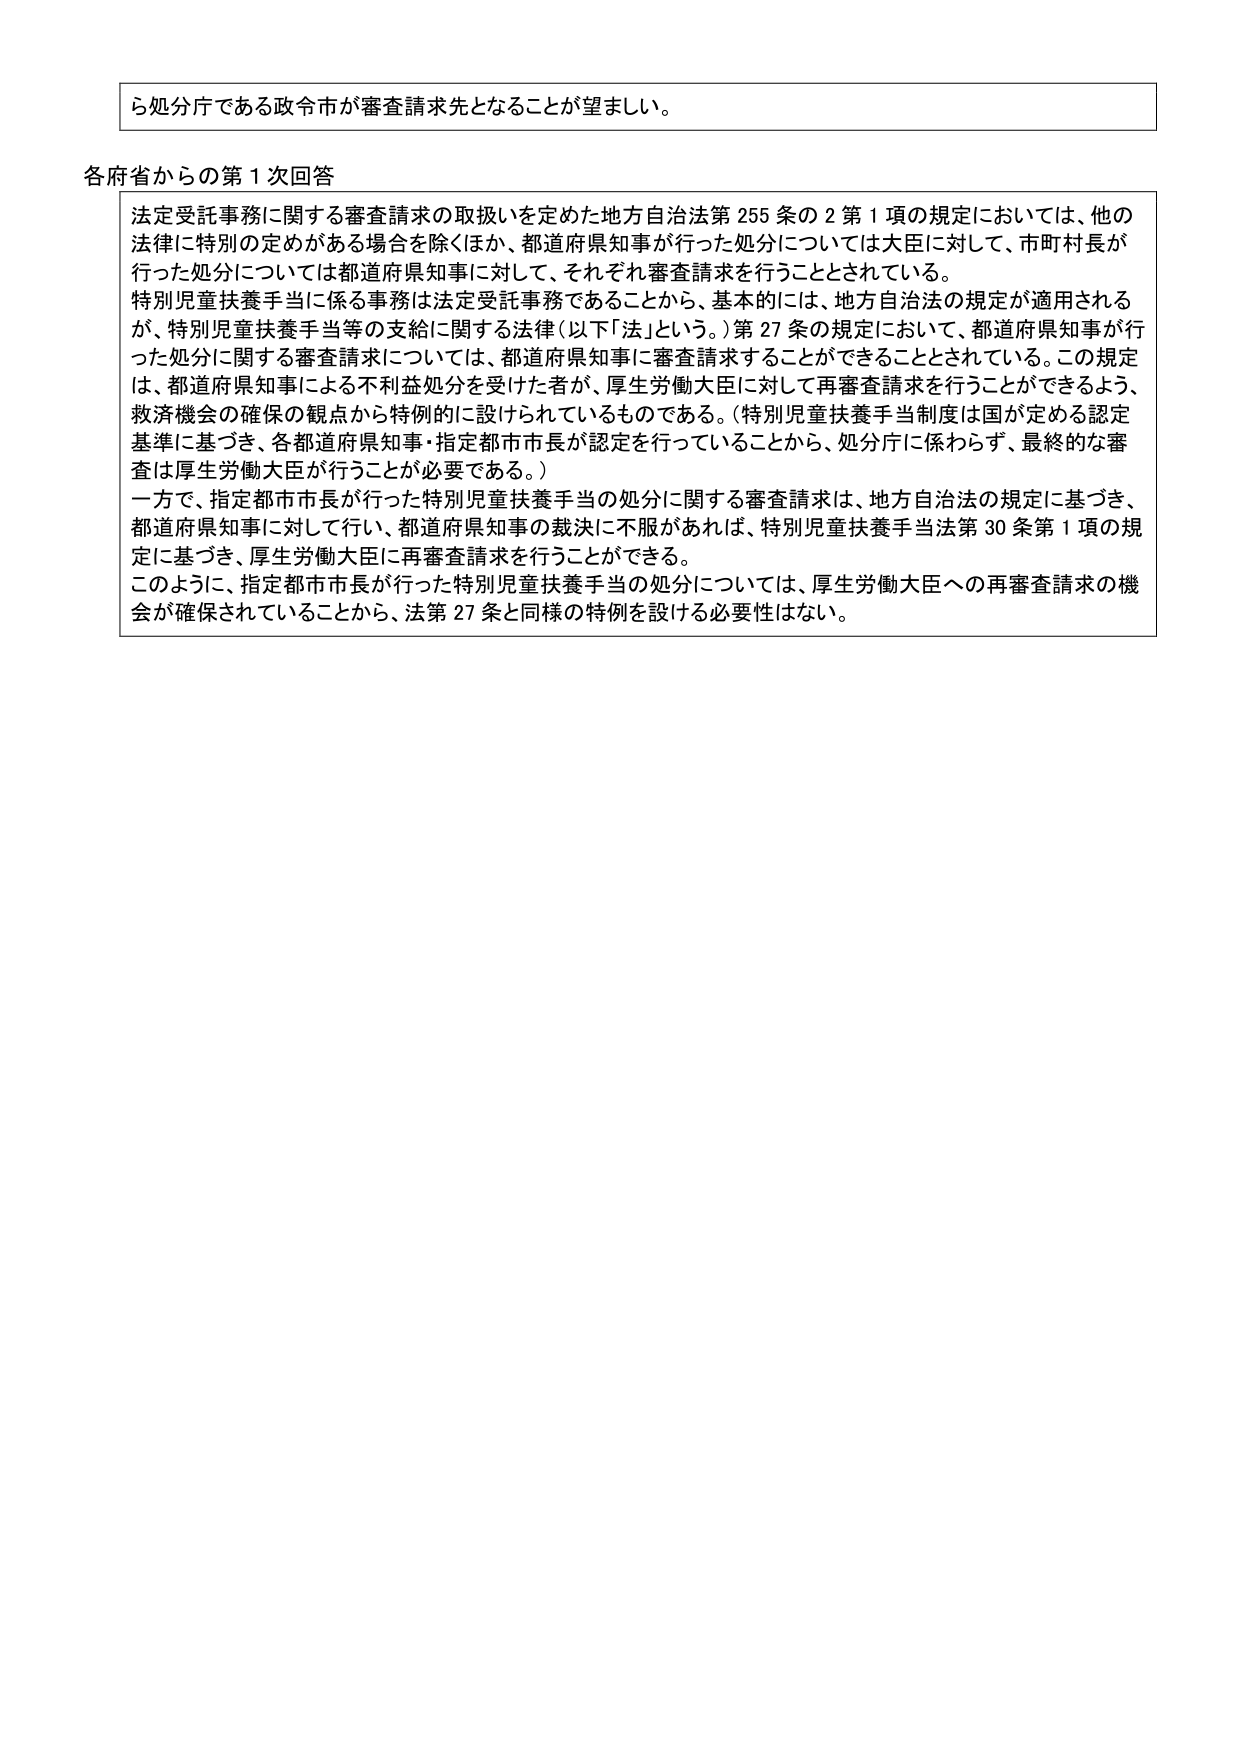
ら処分庁である政令市が審査請求先となることが望ましい。

各府省からの第１次回答

法定受託事務に関する審査請求の取扱いを定めた地方自治法第255条の2第1項の規定においては、他の法律に特別の定めがある場合を除くほか、都道府県知事が行った処分については大臣に対して、市町村長が行った処分については都道府県知事に対して、それぞれ審査請求を行うこととされている。

特別児童扶養手当に係る事務は法定受託事務であることから、基本的には、地方自治法の規定が適用されるが、特別児童扶養手当等の支給に関する法律（以下「法」という。）第27条の規定において、都道府県知事が行った処分に関する審査請求については、都道府県知事に審査請求することができることとされている。この規定は、都道府県知事による不利益処分を受けた者が、厚生労働大臣に対して再審査請求を行うことができるよう、救済機会の確保の観点から特例的に設けられているものである。（特別児童扶養手当制度は国が定める認定基準に基づき、各都道府県知事・指定都市市長が認定を行っていることから、処分庁に係わらず、最終的な審査は厚生労働大臣が行うことが必要である。）

一方で、指定都市市長が行った特別児童扶養手当の処分に関する審査請求は、地方自治法の規定に基づき、都道府県知事に対して行い、都道府県知事の裁決に不服があれば、特別児童扶養手当法第30条第1項の規定に基づき、厚生労働大臣に再審査請求を行うことができる。

このように、指定都市市長が行った特別児童扶養手当の処分については、厚生労働大臣への再審査請求の機会が確保されていることから、法第27条と同様の特例を設ける必要性はない。